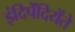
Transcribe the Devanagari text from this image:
इंदिपेंदियेंते